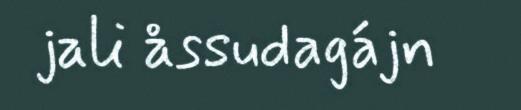
jali åssudagájn